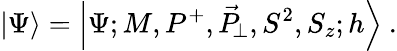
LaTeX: \left|\Psi\right\rangle=\left|\Psi;M,P^{+},\vec{P}_{\! \perp},S^{2},S_{z};h\right\rangle\ .